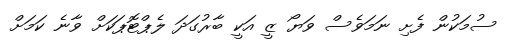
ސުމަކުން ފެށި ނަމަވެސް ވަޔޯ ޒީ އަކީ ބާރުގަދަ ލެޕްޓޮޕަކަށް ވާނެ ކަމަށް